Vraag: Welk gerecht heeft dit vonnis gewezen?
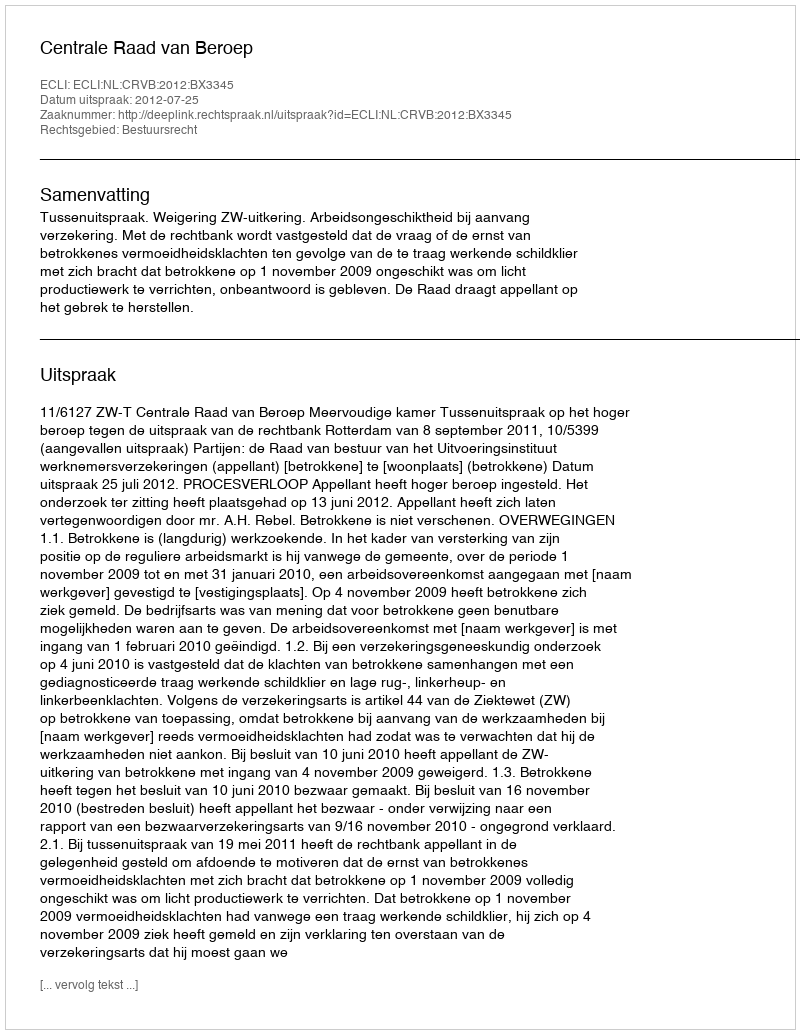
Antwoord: Centrale Raad van Beroep